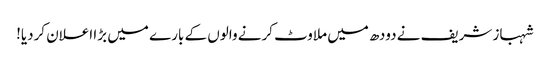
شہباز شریف نے دودھ میں ملاوٹ کرنے والوں کے بارے میں بڑا اعلان کردیا!